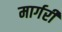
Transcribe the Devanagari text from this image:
मार्गरी